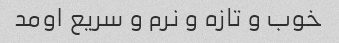
خوب و تازه و نرم و سریع اومد